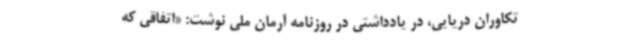
تکاوران دریایی، در یادداشتی در روزنامه آرمان ملی نوشت: «اتفاقی که